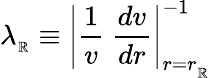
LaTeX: \lambda_{_\mathbb{R}}\equiv\left|{\frac{{1}}{{v}}}\ {\frac{{dv}}{{dr}}}\right|_{r=r_{_\mathbb{R}}}^{-1}